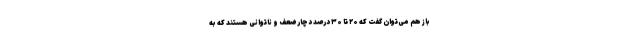
باز هم می‌توان گفت که ۲۰ تا ۳۰ درصد دچار ضعف و ناتوانی هستند که به